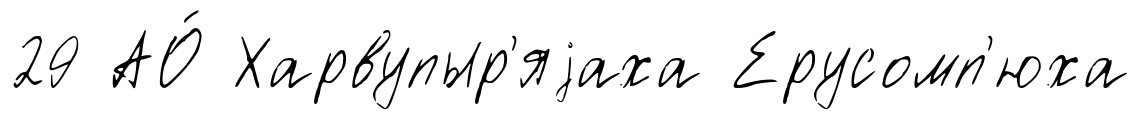
29 АО́ Харвупыр'яjаха Ерусомп'юха